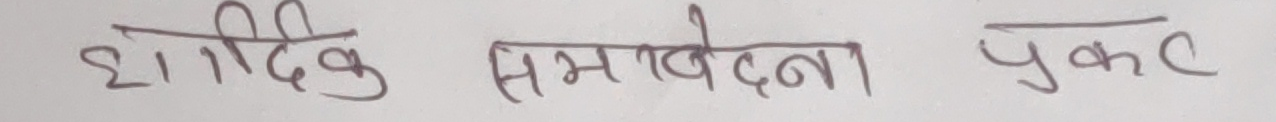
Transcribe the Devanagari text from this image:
शाब्दिक समवेदना प्रकट